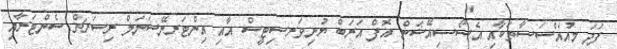
ފަދަ މުއައްސަސާތަކާއި އެސޯސިއޭޝަން އޮފް އަރަބް ޔުނިވަރސިޓީސް އާއި އިންޓަރނޭޝަނަލް ރިސަރޗް ސެންޓަރާއި